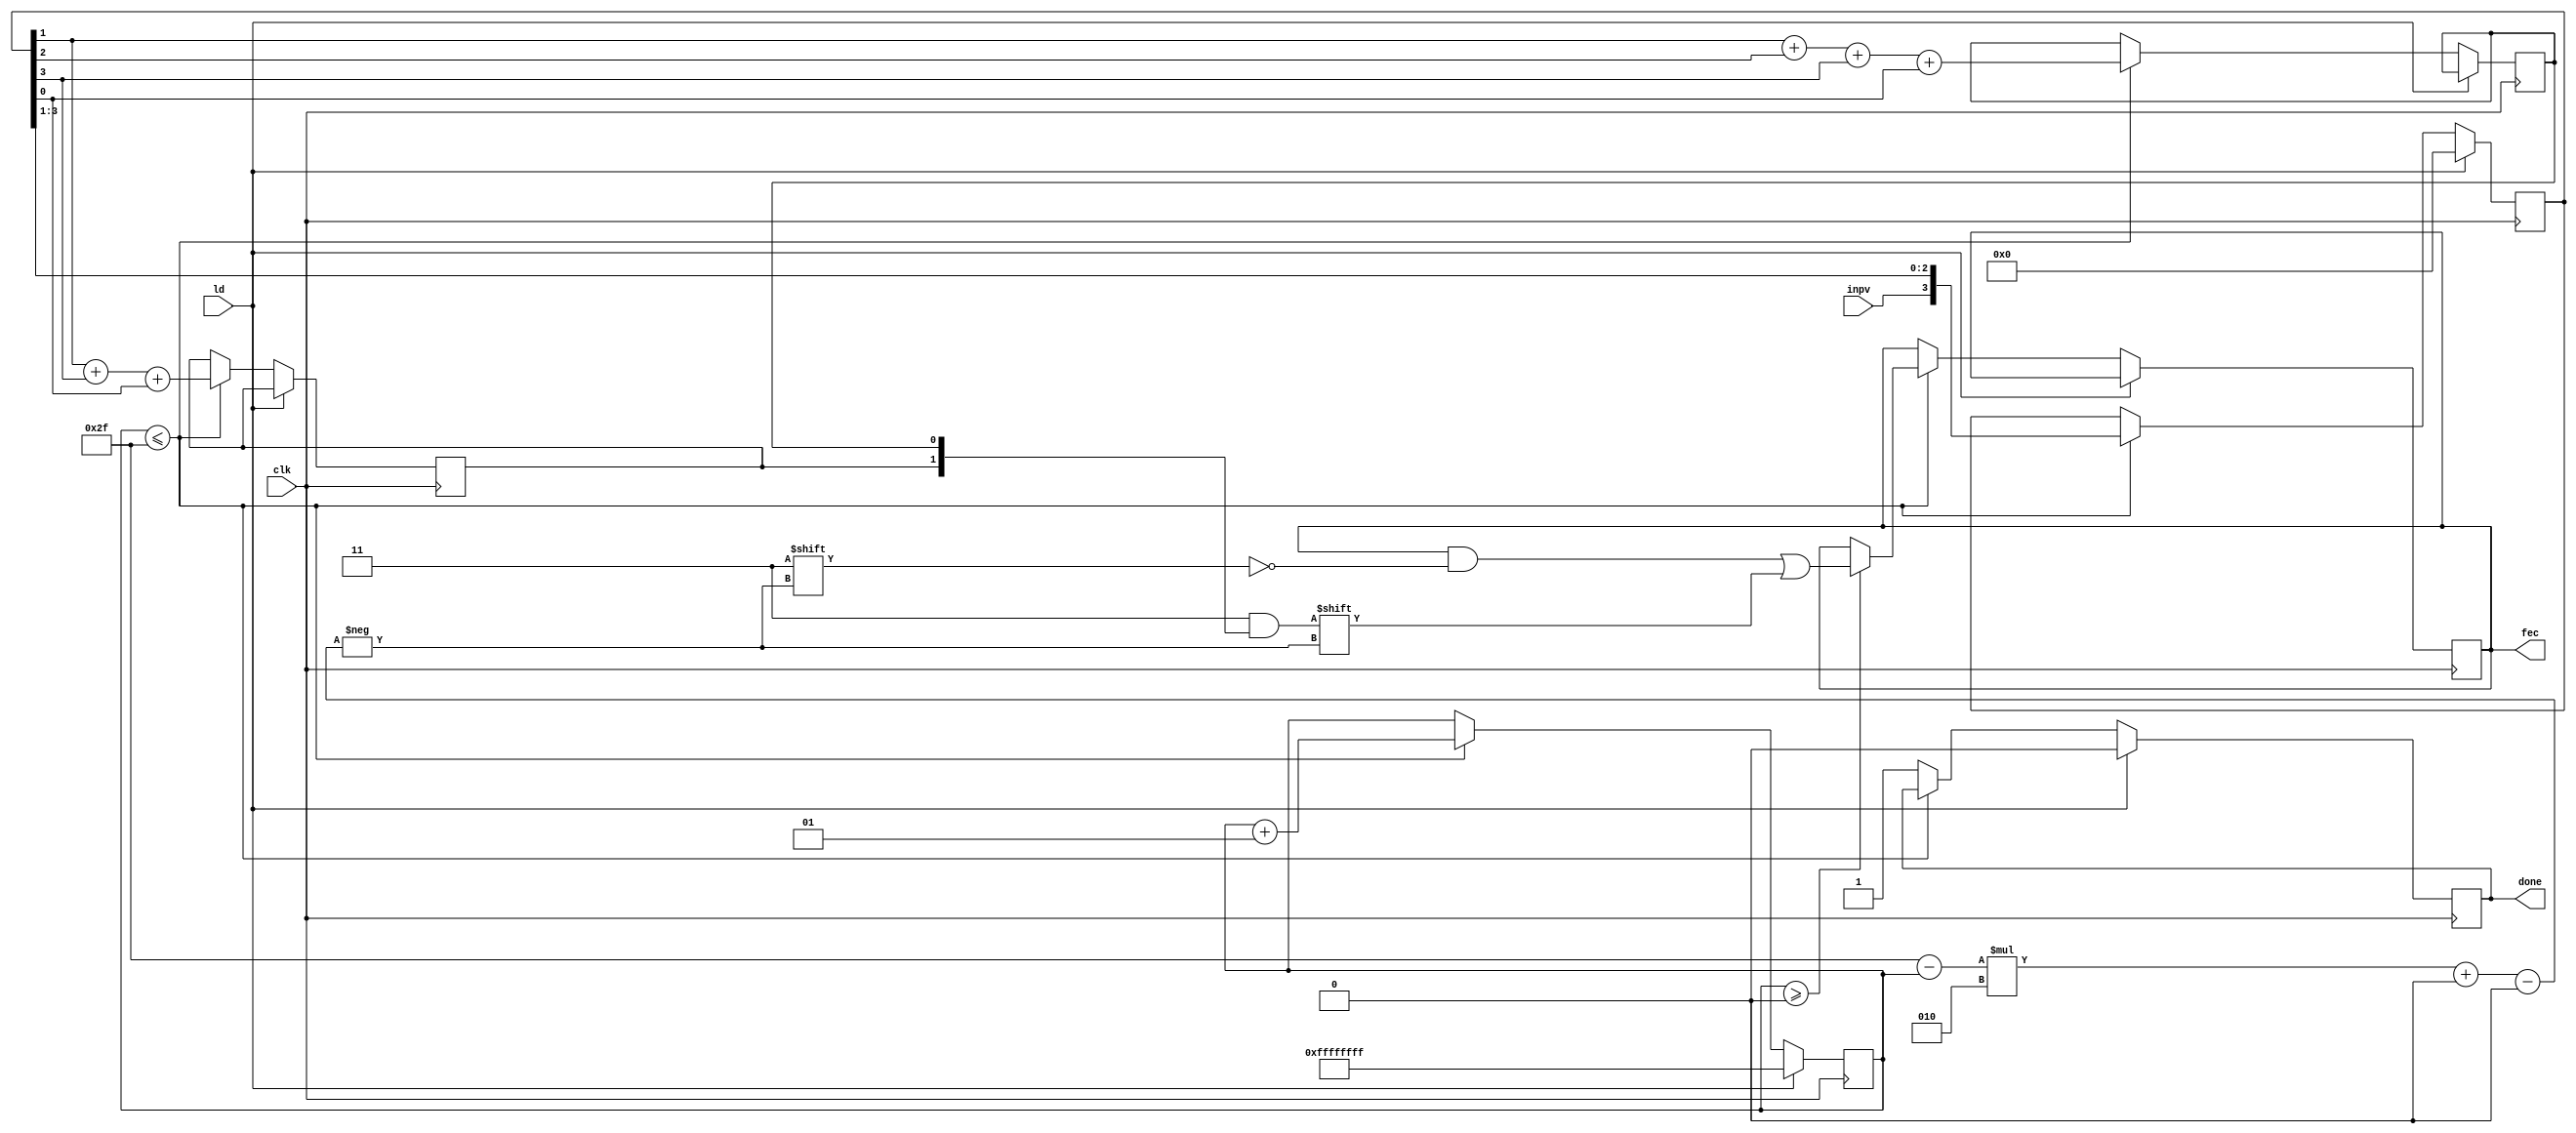
module task3(input inpv,clk,ld, output [95:0] fec, output done);
  reg [95:0] fec;
  reg done;
  reg [3:0] x;
  reg p1,p0;
  integer i;
  always@(posedge clk)
    begin
      if(ld)
        begin
          x<=4'd0;
          i=-1;
          done=0;
          fec=96'd0;
        end
      else if(i<=47)
        begin
          p0<=x[1]+x[2]+x[3]+x[0];
          p1<=x[1]+x[3]+x[0];
          if(i>=0)
            fec[((47-i)*2)+:2]<={p1,p0};
          i<=i+1;
          x<={inpv,x[3:1]};
        end
      else 
        done=1;
    end
endmodule
module shift_reg #(parameter bits=48)(input [bits-1:0] inp,input clk,start,output ou);
  integer i;
  reg ou;
  
  always@(negedge clk )
    begin
      if(start)
        begin i=0;ou<=inp[bits-1]; end
        
      else if(i<(bits-1))
        begin
          ou<=inp[bits-2-i];
          i<=i+1;
        end     
    end
endmodule